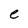
Character: e